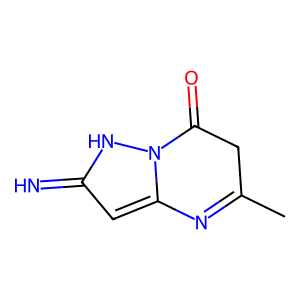
SMILES: CC1=Nc2cc(=N)[nH]n2C(=O)C1
Inhibits HIV replication: No